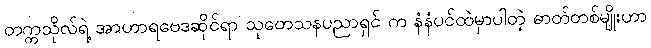
တက္ကသိုလ်ရဲ့ အာဟာရဗေဒဆိုင်ရာ သုတေသနပညာရှင် က နံနံပင်ထဲမှာပါတဲ့ ဓာတ်တစ်မျိုးဟာ